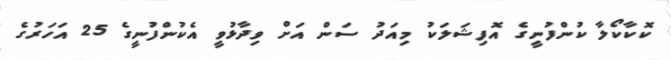
ކޮކާކޯލާ ކުންފުނީގެ އޮފިޝަލަކު މިއަދު ސަން އަށް ވިދާޅުވީ އެކުންފުނީގެ 25 އަހަރުގެ